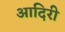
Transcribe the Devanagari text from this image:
आदिरी